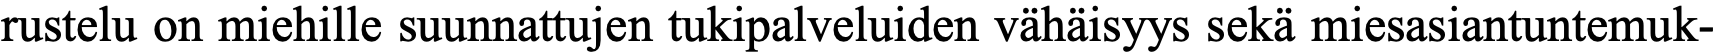
rustelu on miehille suunnattujen tukipalveluiden vähäisyys sekä miesasiantuntemuk-